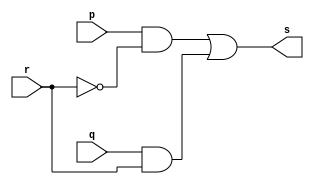
//-----------------------
//Felipe Cssio - 451552
//-----------------------

module multiplexador(output s, input p, input q, input r);

wire temp1, temp2, temp3;

not(temp3, r);
and(temp1, p, temp3);
and(temp2, q, r);
or (   s,temp1, temp2);

endmodule

module exemplo0032(output s, input p, input q, input chave);

wire temp1, temp2;

and(temp1, p, q);
or (temp2, p, q);
multiplexador MULT(s, temp1, temp2, chave);

endmodule

module testexemplo0032;
reg a, b, c;
wire s;

exemplo0032 Q02(s, a, b, c);

initial begin
a = 'b0;
b = 'b0;
c = 'b0;

#1$monitor("%3b %3b %3b = %3b", a, b, c, s);

#1a= 'b0;b= 'b0;c= 'b1;
#1a= 'b0;b= 'b1;c= 'b0;
#1a= 'b0;b= 'b1;c= 'b1;
#1a= 'b1;b= 'b0;c= 'b0;
#1a= 'b1;b= 'b0;c= 'b1;
#1a= 'b1;b= 'b1;c= 'b0;
#1a= 'b1;b= 'b1;c= 'b1;

end
endmodule